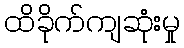
ထိခိုက်ကျဆုံးမှု